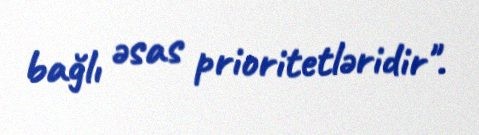
bağlı əsas prioritetləridir".